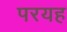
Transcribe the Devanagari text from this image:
परयह